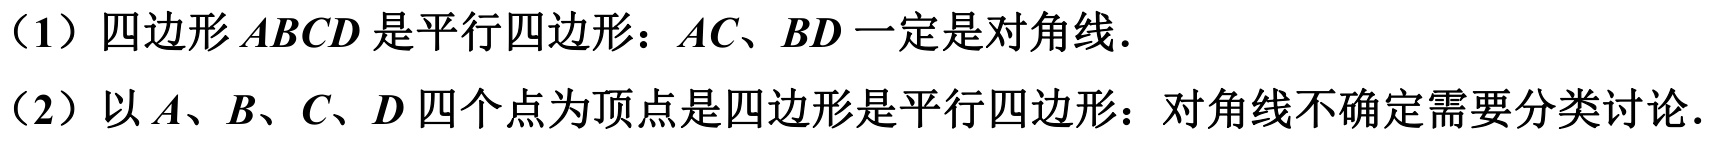
（1）四边形\(ABCD\)是平行四边形：\(AC、BD\)一定是对角线．
（2）以\(A、B、C、D\)四个点为顶点是四边形是平行四边形：对角线不确定需要分类讨论．